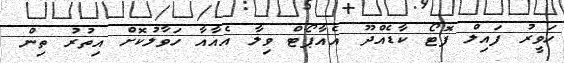
ހަވީރު ފައިލް ފޮޓޯ ކާޑެއްދޫ އެއާޕޯޓް ވިލާ އެއާއާ ހަވާލުކޮށް އިތުރު ތިން